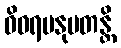
ဝိဝရမနုပတန္တိ